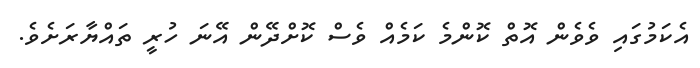
އެކަމުގައި ވެވެން އޮތް ކޮންމެ ކަމެއް ވެސް ކޮށްދޭން އޭނަ ހުރީ ތައްޔާރަށެވެ.